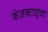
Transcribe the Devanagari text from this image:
कंजक्टाइवा